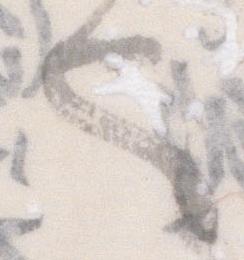
也